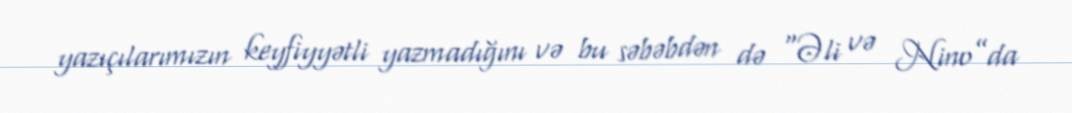
yazıçılarımızın keyfiyyətli yazmadığını və bu səbəbdən də “Əli və Nino”da